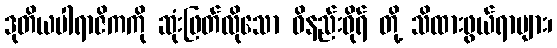
ဒုတိယပါရာဇိကကို ဆုံးဖြတ်လိုသော ဝိနည်းဓိုရ် တို့ သိထားဖွယ်ရာများ၊